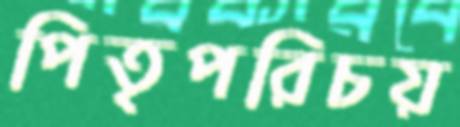
পিতৃপরিচয়